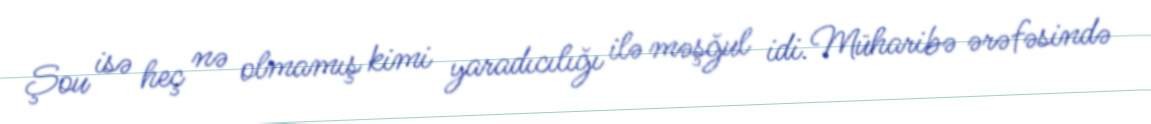
Şou isə heç nə olmamış kimi yaradıcılığı ilə məşğul idi. Müharibə ərəfəsində